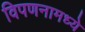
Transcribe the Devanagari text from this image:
विपणनामध्ये